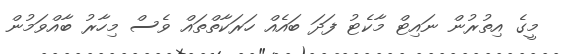
މީގެ އިތުރުން ނައިޓް މާކެޓު ފަދަ ބައެއް ހަރަކާތްތައް ވެސް މިހާރު ބާއްވަމުން